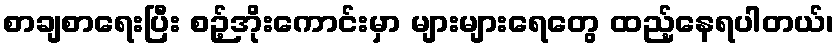
စာချစာရေးပြီး စဉ့်အိုးကောင်းမှာ များများရေတွေ ထည့်နေရပါတယ်၊